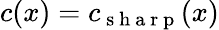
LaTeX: c(x)=c_{\mathrm{~s~h~a~r~p~}}(x)